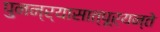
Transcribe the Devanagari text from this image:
पुनन्र्यासात्पूर्यन्ते